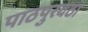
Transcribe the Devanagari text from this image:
पाठपुरवठा